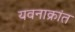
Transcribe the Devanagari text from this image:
यवनाक्रांत